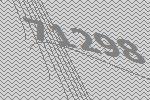
71298